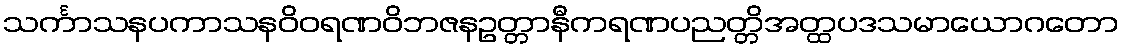
သင်္ကာသနပကာသနဝိဝရဏဝိဘဇနဥတ္တာနီကရဏပညတ္တိအတ္ထပဒသမာယောဂတော